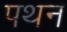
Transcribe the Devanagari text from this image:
पथन